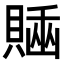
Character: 𧷊